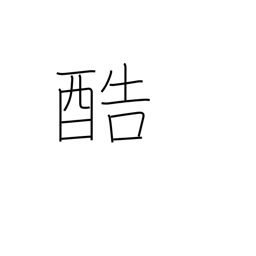
Meaning: severe